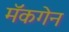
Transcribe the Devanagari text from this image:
मॅकगेन